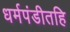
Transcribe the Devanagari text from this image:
धर्मपंडीतहि